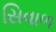
સિવાળ